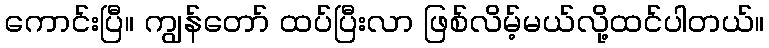
ကောင်းပြီ။ ကျွန်တော် ထပ်ပြီးလာ ဖြစ်လိမ့်မယ်လို့ထင်ပါတယ်။